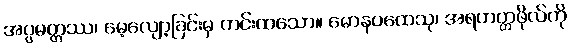
အပ္ပမတ္တဿ၊ မေ့လျော့ခြင်းမှ ကင်းထသော။ မောနပထေသု၊ အရဟတ္တဖိုလ်ကို